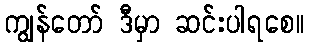
ကျွန်တော် ဒီမှာ ဆင်းပါရစေ။